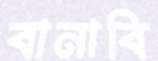
বানাবি